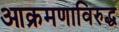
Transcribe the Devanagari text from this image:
आक्रमणाविरुद्ध